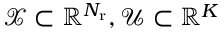
\mathcal { X } \subset \mathbb { R } ^ { N _ { \mathrm { r } } } , \mathcal { U } \subset \mathbb { R } ^ { K }